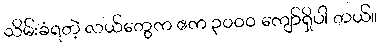
သိမ်းခံရတဲ့ လယ်တွေက ဧက ၃၀၀၀ ကျော်ရှိပါ တယ်။